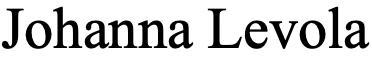
Johanna Levola